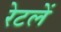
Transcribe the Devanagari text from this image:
रेटलें